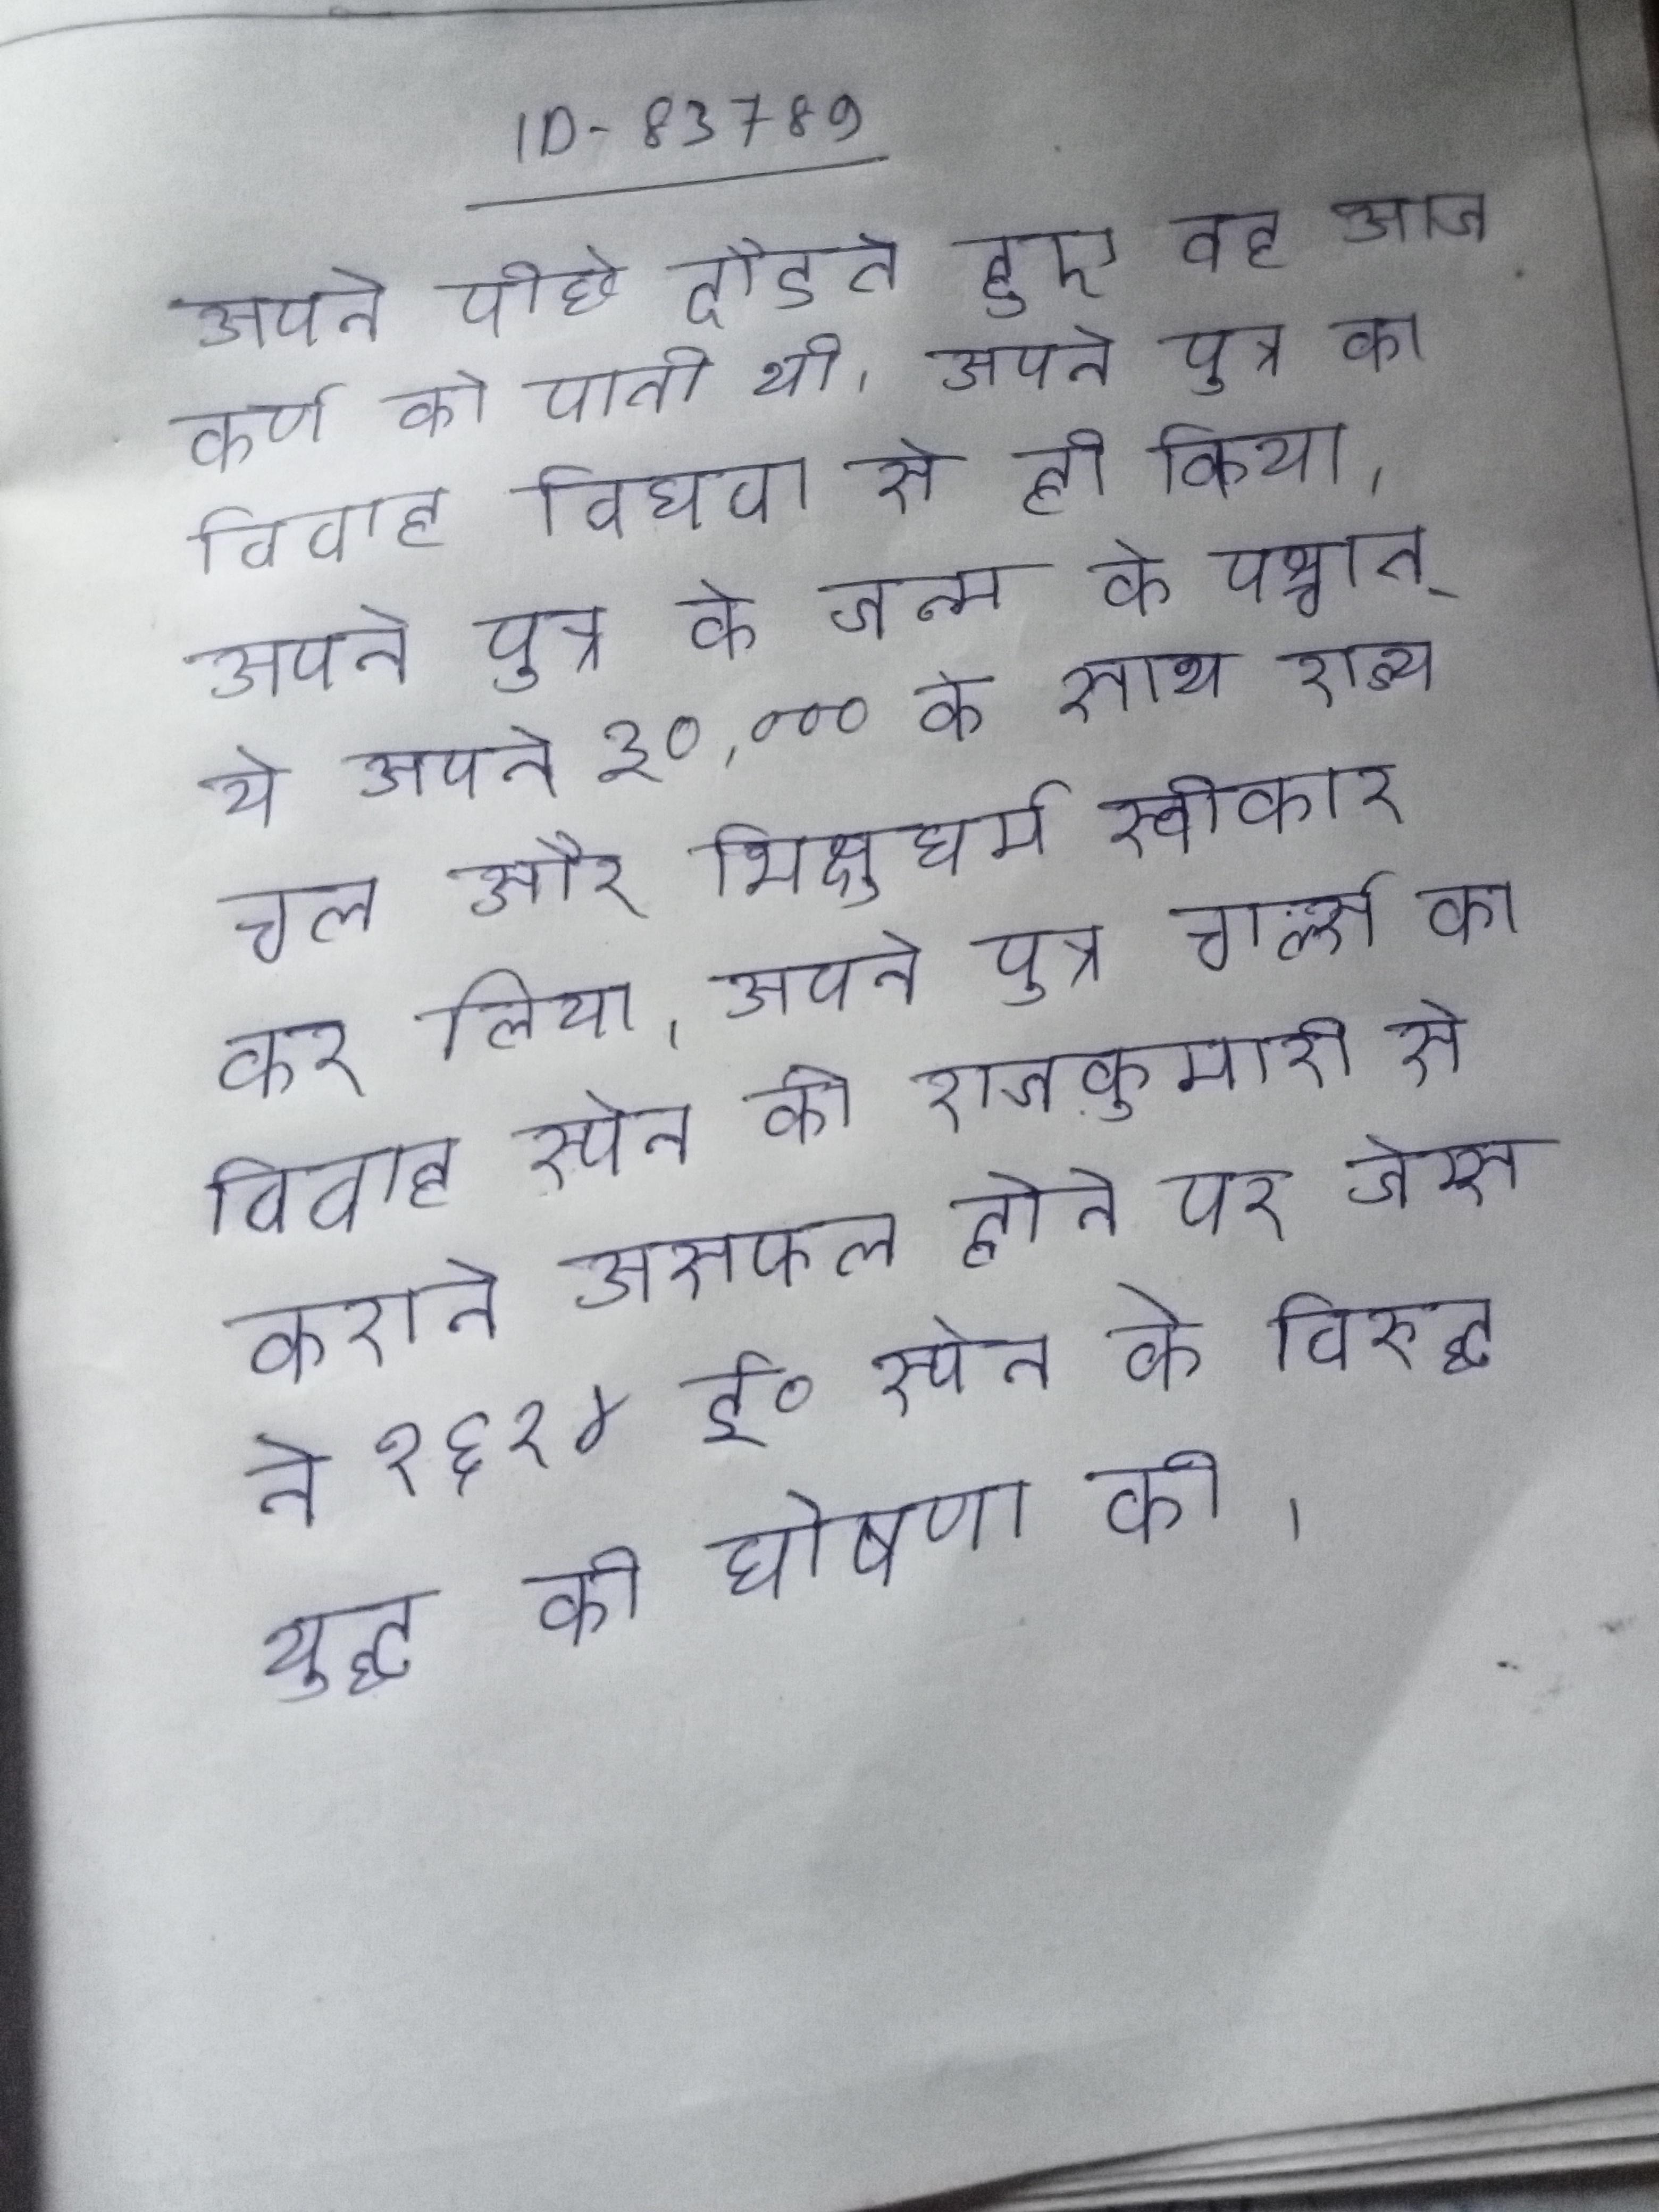
अपने पीछे दौडते हुए वह आज कर्ण को पाती थी । अपने पुत्र का विवाह विधवा से ही किया । अपने पुत्र के जन्म के पश्चात् ये अपने ३०,००० के साथ राज्य चल और भिक्षुधर्म स्वीकार कर लिया । अपने पुत्र चार्ल्स का विवाह स्पेन की राजकुमारी से कराने असफल होने पर जेम्स ने १६२४ ई॰ स्पेन के विरुद्ध युद्ध की घोषणा की ।